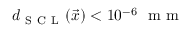
d _ { \mathrm { ~ S ~ C ~ L ~ } } ( \vec { x } ) < 1 0 ^ { - 6 } \ \mathrm { ~ m ~ m ~ }